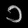
Digit: ၁